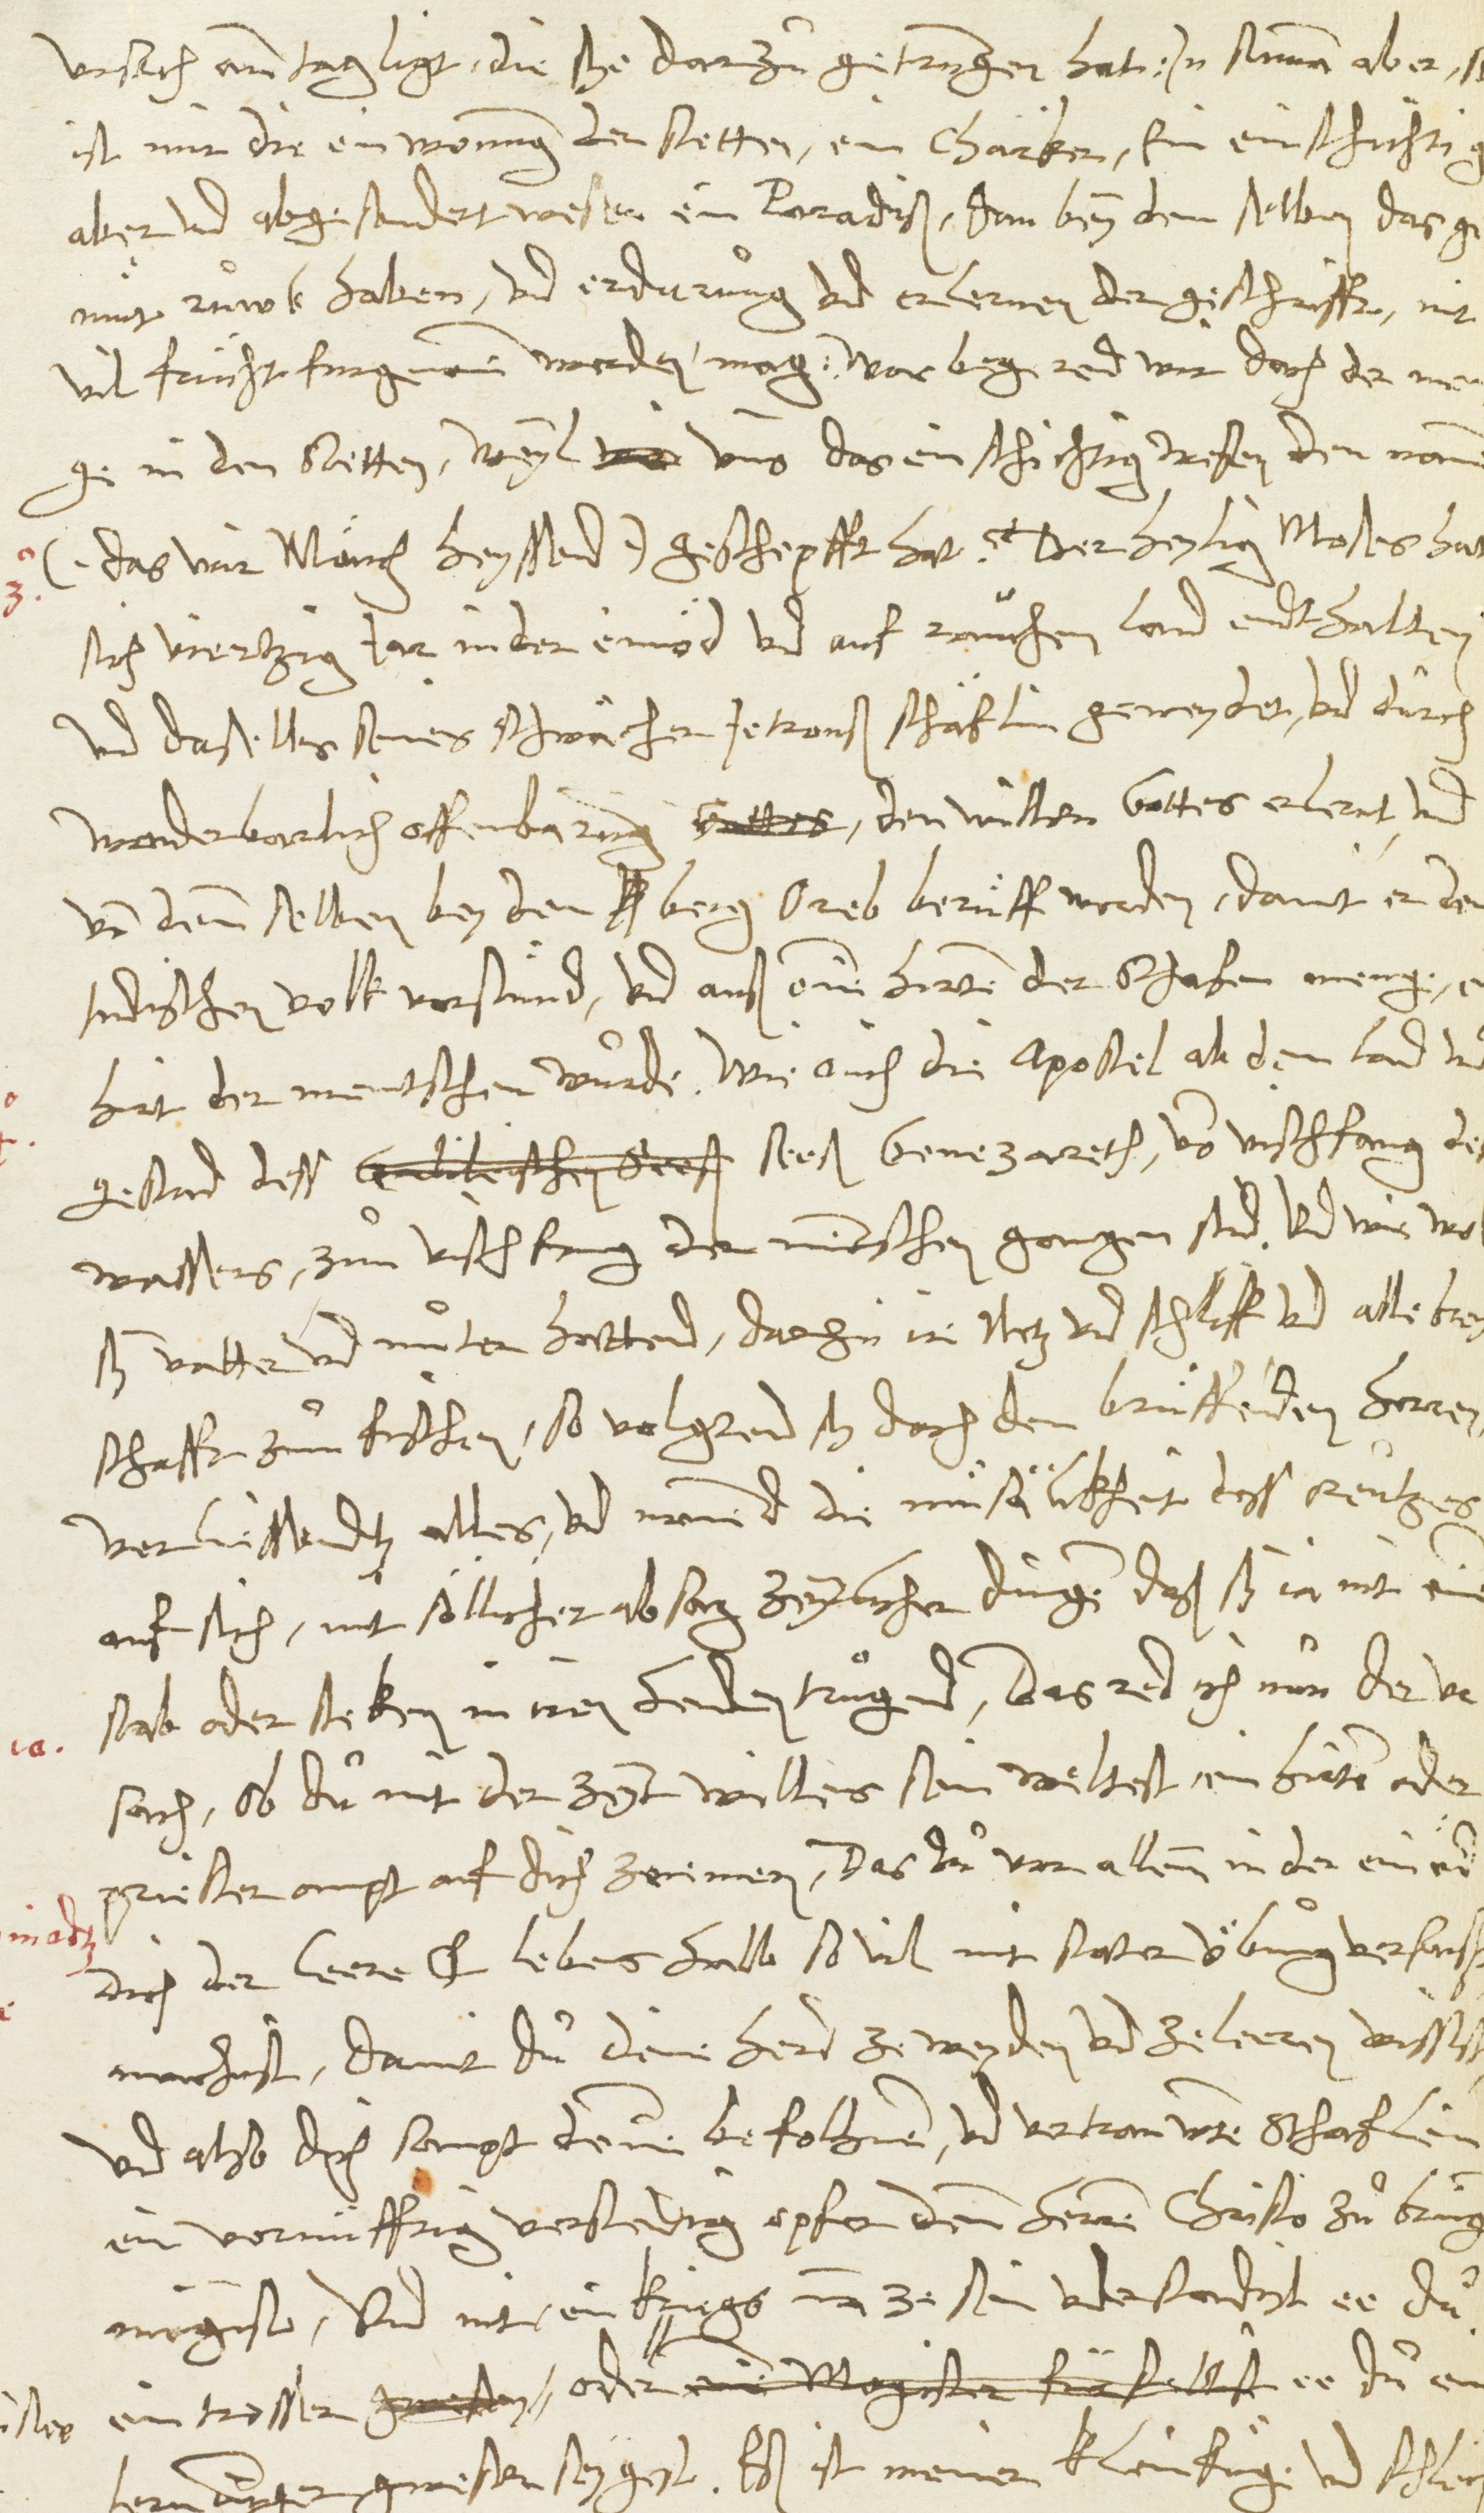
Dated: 1546–1546